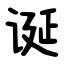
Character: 诞